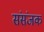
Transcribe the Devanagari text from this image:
संसंजक